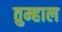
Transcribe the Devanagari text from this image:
तुम्हाल